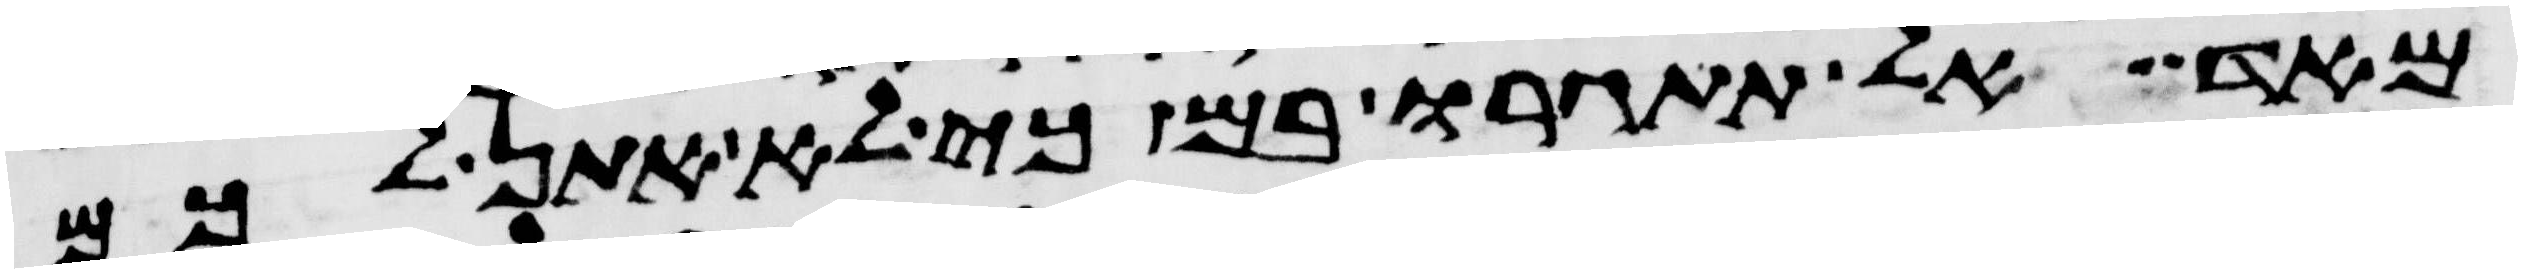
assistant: מאד אל תתגרו בם כי לא אתן לכם